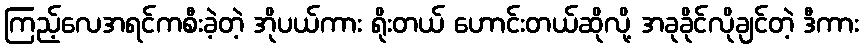
ကြည့်လေအရင်ကစီးခဲ့တဲ့ အိုပယ်ကား ရိုးတယ် ဟောင်းတယ်ဆိုလို့ အခုခိုင်လိုချင်တဲ့ ဒီကား